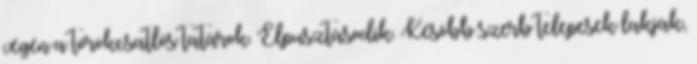
végén a törökcsatlós tatárok. Elpusztásodik. Késõbb szerb telepesek lakják,